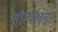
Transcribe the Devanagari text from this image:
सौम्‍यलता